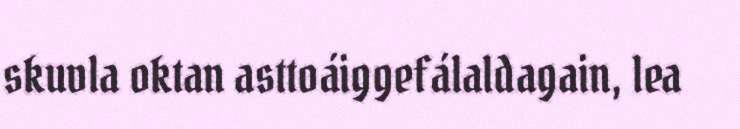
skuvla oktan asttoáiggefálaldagain, lea